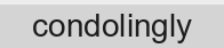
condolingly